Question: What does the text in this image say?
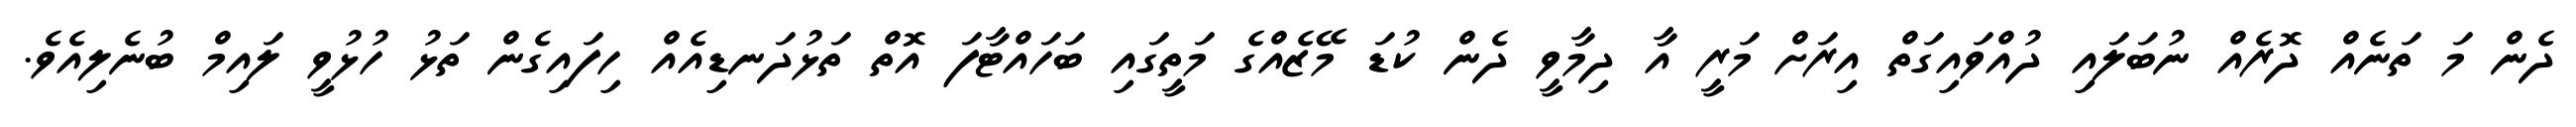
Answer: ދެން މަ ތަނެއް ދޮރެއް ނުބަލައި ދުއްވައިގަތް އިރަށް މަރީ އާ ދިމާވީ ދެން ކުޑަ މޭޒެއްގެ މަތީގައި ބަހައްޓާފަ އޮތް ތަޅުދަނޑިއެއް ހިފައިގެން ތަޅު ހުޅުވީ ލައިމް ބުނެލިއެވެ.